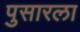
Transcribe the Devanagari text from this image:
पुसारला